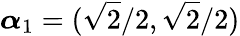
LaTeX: \boldsymbol{\alpha}_{1}=(\sqrt{2}/2,\sqrt{2}/2)